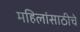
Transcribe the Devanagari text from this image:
महिलांसाठीचे